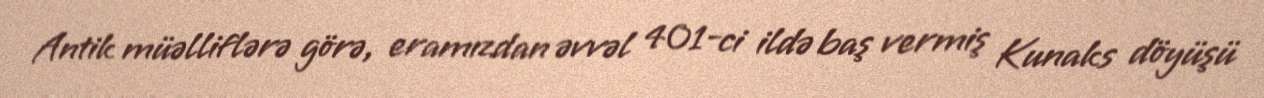
Antik müəlliflərə görə, eramızdan əvvəl 401-ci ildə baş vermiş Kunaks döyüşü